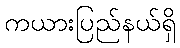
ကယားပြည်နယ်ရှိ